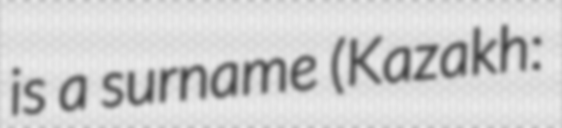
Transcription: is a surname (Kazakh: